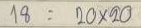
18 = 20 x 20